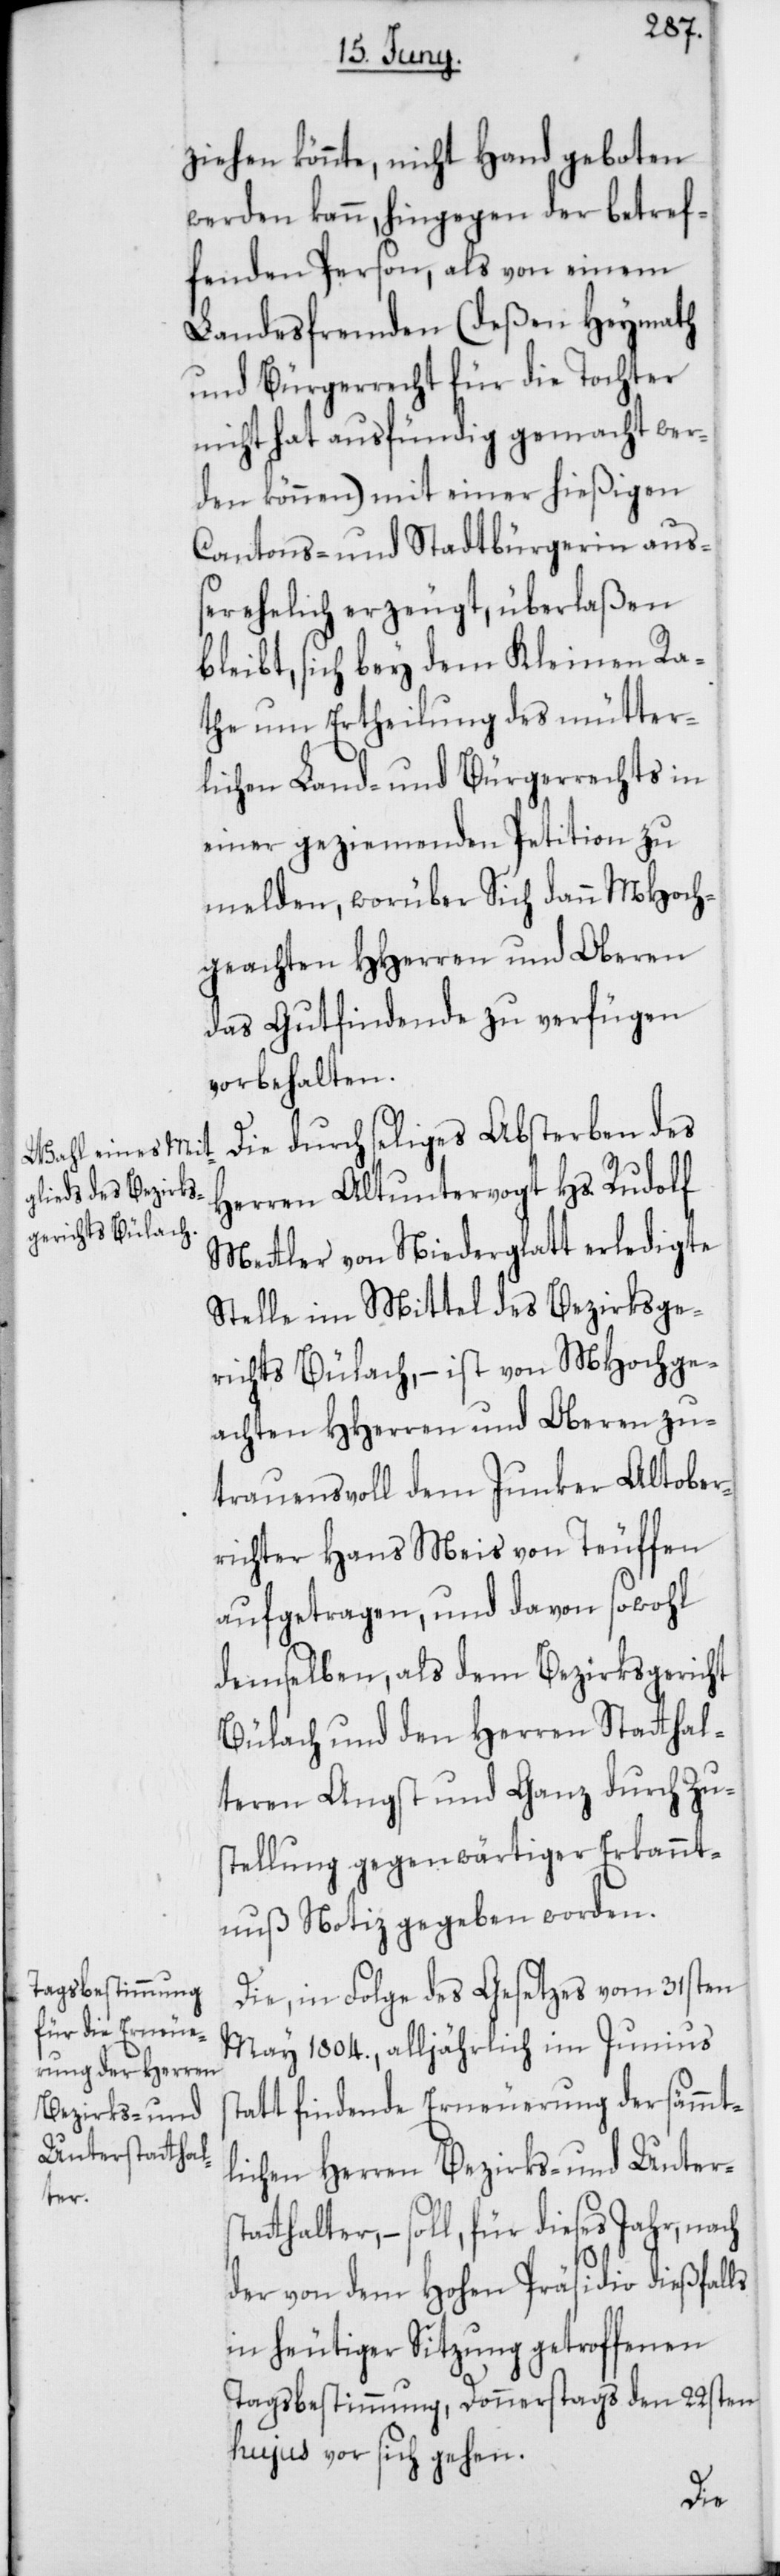
ziehen könnte, nicht Hand geboten
werden kann, hingegen der betref¬
fenden Person, als von einem
Landesfremden (deßen Heymath
und Bürgerrecht für die Tochter
nicht hat ausfündig gemacht wer¬
den können) mit einer hießigen
Cantons- und Stadtbürgerin auß¬
erehelich erzeugt, überlaßen
bleibt, sich bey dem Kleinen Ra¬
the um Ertheilung des mütter¬
lichen Land- und Bürgerrechts in
einer geziemenden Petition zu
melden, worüber Sich dann MHoch¬
geachten HHerren und Oberen
das Gutfindende zu verfügen
vorbehalten.
Die durch seliges Absterben des
Herren Altuntervogt Hs. Rudolf
Metler von Niederglatt erledigte
Stelle im Mittel des Bezirksge¬
richts Bülach, – ist von MHochge¬
achten HHerren und Oberen zu¬
trauensvoll dem Junker Altober¬
richter Hans Meis von Teuffen
aufgetragen, und davon sowohl
demselben, als dem Bezirksgericht
Bülach und den Herren Stathal¬
teren Angst und Ganz durch Zu¬
stellung gegenwärtiger Erkannt¬
nuß Notiz gegeben worden.
Die, in Folge des Gesetzes vom 31sten
May 1804., alljährlich im Junius
tatt findende Erneuerung der sämmt¬
lichen Herren Bezirks- und Unters¬
thalter, – soll, für dieses Jahr,
der von dem Hohen Präsidio dießfalls
in heutiger Sitzung getroffenen
Tagsbestimmung, Donnerstags den 22sten
hujus vor sich gehen.
tat¬